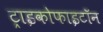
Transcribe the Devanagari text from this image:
ट्राइकोफाइटॉन